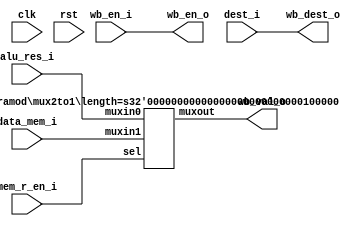
module wb_stage (
	input clk,
	input rst,

	input wb_en_i,
	input mem_r_en_i,
	input [3:0] dest_i,
	input [31:0] alu_res_i,
	input [31:0] data_mem_i,

	output wb_en_o,
	output [3:0] wb_dest_o,
	output [31:0] wb_val_o
	
);
	mux2to1 #(32) mux_wb(
		.sel(mem_r_en_i),
		.muxin0(alu_res_i),
		.muxin1(data_mem_i),
		.muxout(wb_val_o)
	);
	assign wb_dest_o = dest_i;
	assign wb_en_o = wb_en_i;

endmodule

module mux2to1 #(parameter length = 8) 
(
  input sel,
  input[length-1:0] muxin0,
  input[length-1:0] muxin1,
  output[length-1:0] muxout
);
  assign muxout = ((sel == 1'b0) ? muxin0 : muxin1);
endmodule